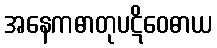
အနေကဓာတုပဋိဝေဓာယ